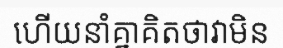
ហើយនាំគ្នាគិតថាវាមិន